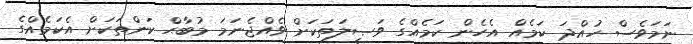
ނަމަވެސް ހުއްދަ ކަމެއް އެހެން ކަމެއްގެ ވަޞީލަތަކަށް ވެއްޖެނަމަ މުބާޙް ކަންތަކަށް އެކަމެއްގެ